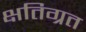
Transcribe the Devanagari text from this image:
क्षतिग्रत